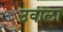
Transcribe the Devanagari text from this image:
उवाला